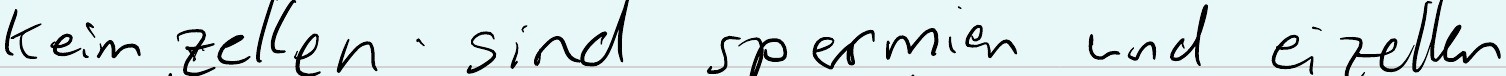
Keimzellen sind spermien und eizellen